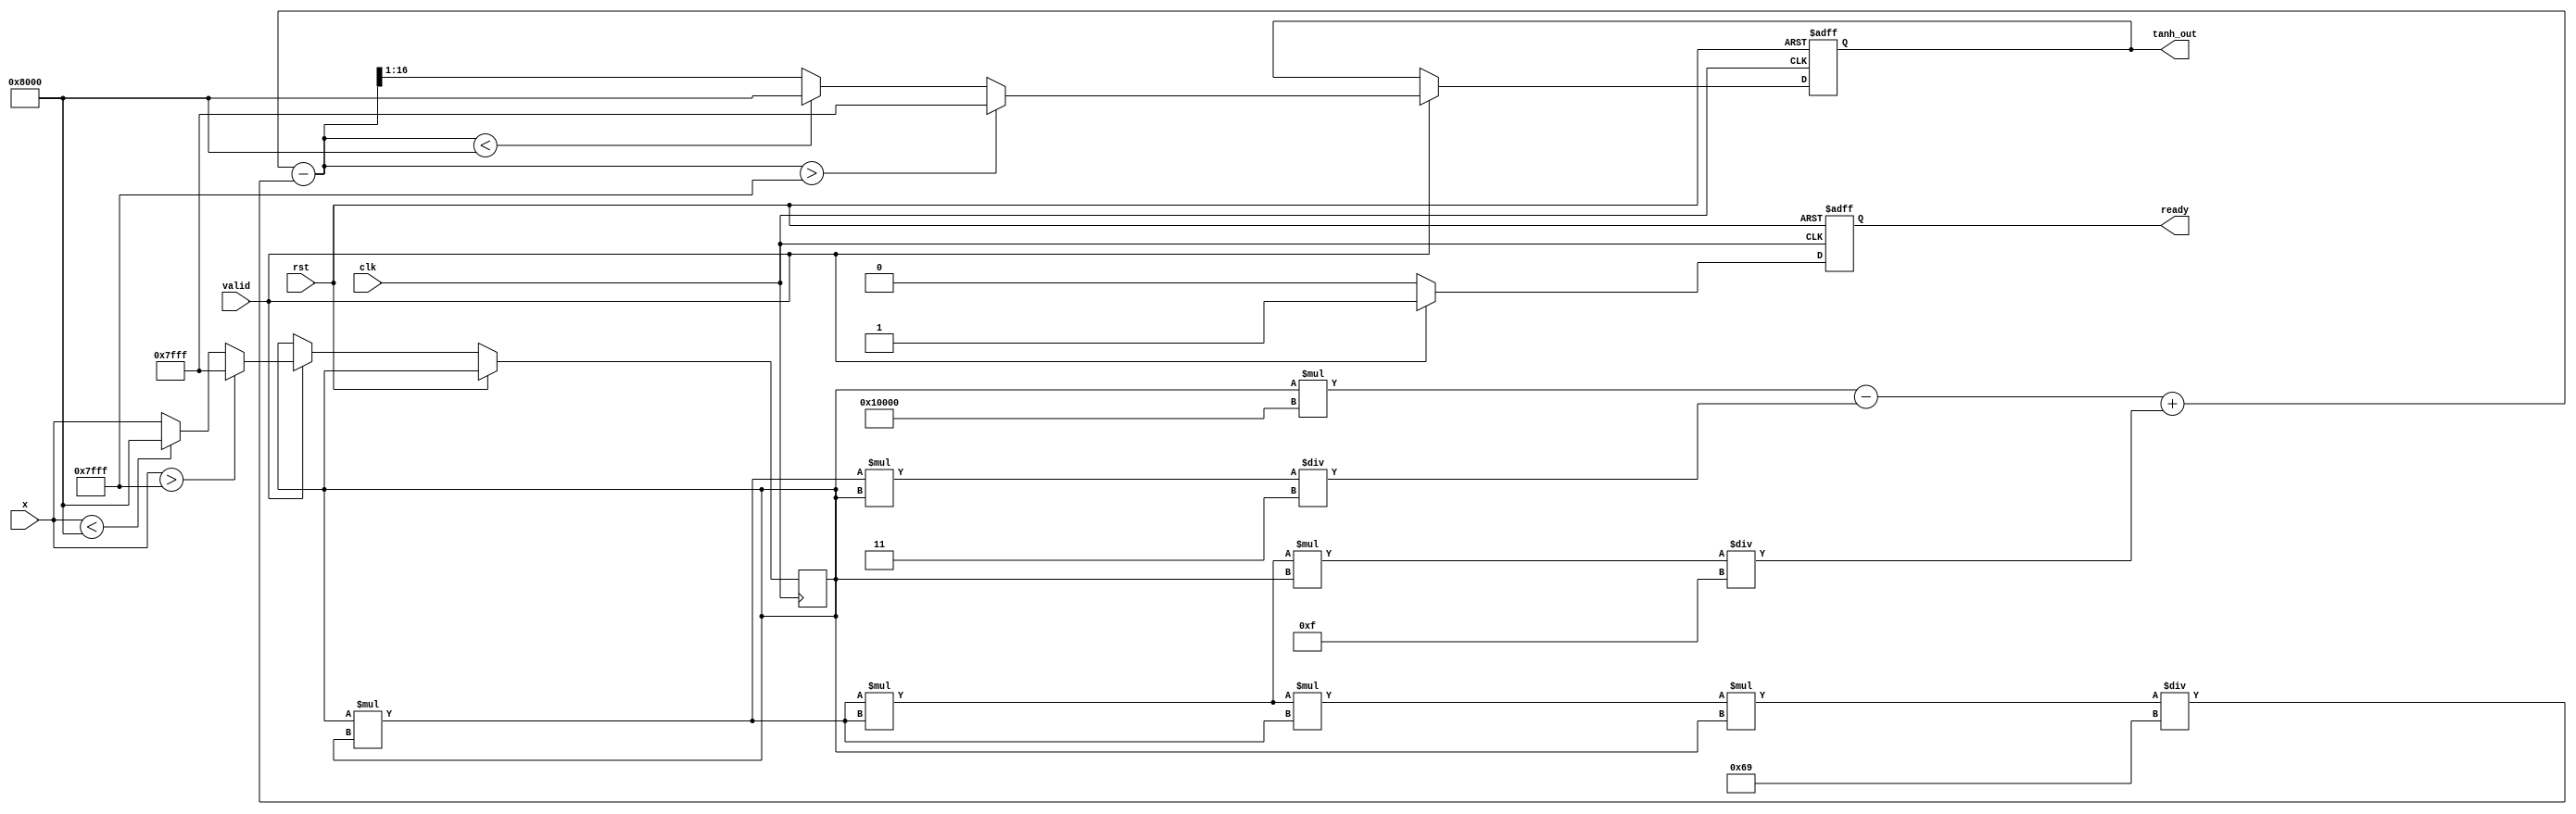
module tanh_approx (
    input  wire clk,
    input  wire rst,
    input  wire [15:0] x,  // 16-bit fixed-point input
    input  wire valid,
    output reg [15:0] tanh_out, // 16-bit fixed-point output
    output reg ready
);

    parameter WIDTH = 16;           // Bit-width for inputs and outputs
    parameter MAX_OUTPUT = 16'h7FFF; // Maximum value for 1 in fixed-point
    parameter MIN_OUTPUT = 16'h8000; // Minimum value for -1 in fixed-point

    reg [15:0] x_temp;
    reg [31:0] x_squared;
    reg [31:0] numerator;
    reg [31:0] denominator;

    always @(posedge clk or posedge rst) begin
        if (rst) begin
            tanh_out <= 0;
            ready <= 0;
        end else if (valid) begin
            // Clamp input x to prevent overflow
            if (x > MAX_OUTPUT) begin
                x_temp <= MAX_OUTPUT;
            end else if (x < MIN_OUTPUT) begin
                x_temp <= MIN_OUTPUT;
            end else begin
                x_temp <= x;
            end

            // Compute x_squared
            x_squared = x_temp * x_temp;

            // Polynomial approximation of tanh using a Taylor series
            // tanh(x)  x * (1 - (x^2 / 3) + (x^4 / 5) - (x^6 / 7))
            numerator = x_temp * (1 << WIDTH); // 1.0 in fixed-point
            numerator = numerator - (x_squared * x_temp) / 3;
            numerator = numerator + ((x_squared * x_squared) * x_temp) / 15;
            numerator = numerator - ((x_squared * x_squared * x_squared) * x_temp) / 105;

            // Normalize the output
            if (numerator > MAX_OUTPUT) begin
                tanh_out <= MAX_OUTPUT;
            end else if (numerator < MIN_OUTPUT) begin
                tanh_out <= MIN_OUTPUT;
            end else begin
                tanh_out <= numerator[WIDTH:1]; // Shift back to 16-bit
            end

            ready <= 1;
        end else begin
            ready <= 0;
        end
    end
endmodule